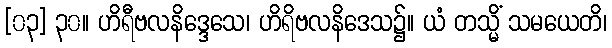
[၀၃] ၃၀။ ဟိရီဗလနိဒ္ဒေသေ၊ ဟိရိဗလနိဒေသ၌။ ယံ တသ္မိံ သမယေတိ၊